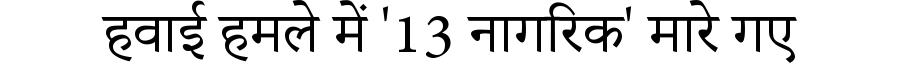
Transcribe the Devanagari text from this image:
हवाई हमले में '13 नागरिक' मारे गए